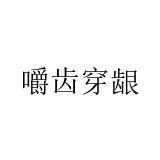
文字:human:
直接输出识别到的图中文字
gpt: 嚼齿穿龈